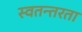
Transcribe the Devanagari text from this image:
स्वतन्तरता